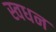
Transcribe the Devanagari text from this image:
स्वधन